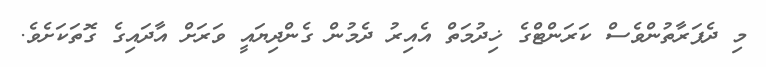
މި ދެފަރާތުންވެސް ކަރަންޓްގެ ޚިދުމަތް އެއިރު ދެމުން ގެންދިޔައީ ވަރަށް އާދައިގެ ގޮތަކަށެވެ.